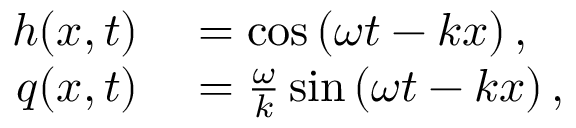
\begin{array} { r l } { h ( x , t ) } & { { } = \cos \left( \omega t - k x \right) , } \\ { q ( x , t ) } & { { } = \frac { \omega } { k } \sin \left( \omega t - k x \right) , } \end{array}